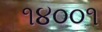
૧૪૦૦૧